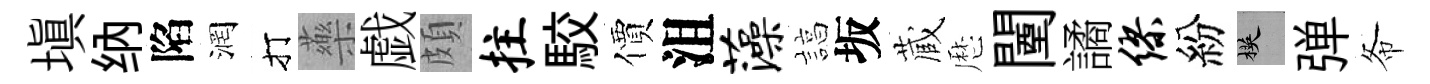
塡纳陷润打藥戯頗拄駮價沮藻諄坂蔵厯闉譎缪紛楧弹𢁙